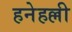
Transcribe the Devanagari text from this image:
हनेहल्ली